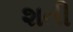
શતી